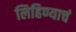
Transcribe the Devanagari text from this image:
लिहिण्याचं